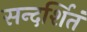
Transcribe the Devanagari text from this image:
सन्दर्शितं